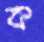
ক